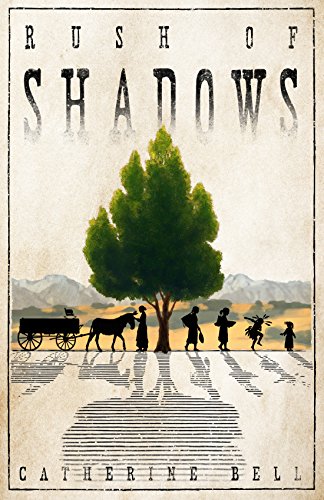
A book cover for Rush of Shadows; Catherine Bell; Literature & Fiction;